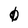
Character: 0